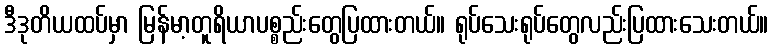
ဒီဒုတိယထပ်မှာ မြန်မာ့တူရိယာပစ္စည်းတွေပြထားတယ်။ ရုပ်သေးရုပ်တွေလည်းပြထားသေးတယ်။